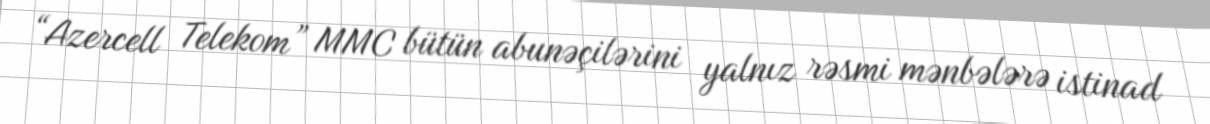
“Azercell Telekom” MMC bütün abunəçilərini yalnız rəsmi mənbələrə istinad